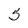
Character: 5